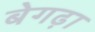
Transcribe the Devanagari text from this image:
बेगढ़ा